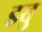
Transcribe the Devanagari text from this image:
इबु